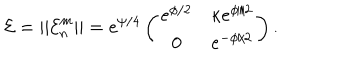
{ \cal E } = | | { \cal E } _ { n } ^ { m } | | = e ^ { \psi / 4 } \left( \begin{array} { c c } { { e ^ { \phi / 2 } } } & { { \kappa e ^ { \phi / 2 } } } \\ { { 0 } } & { { e ^ { - \phi / 2 } } } \\ \end{array} \right) .